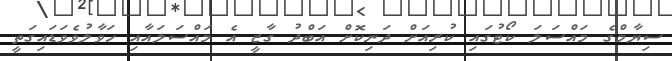
ސިޔާމްގެ މައްސަލަ ކޯޓުގައި ކުރިއަށް ދަނިކޮށް އަބްދު ގާޒީ އެ މައްސަލައާއި ހަވާލުވެވަޑައިގަތީ